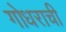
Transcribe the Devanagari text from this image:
गोधराची